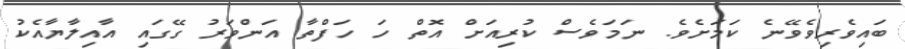
ބައިވެރިވެވޭނެ ކަމަށެވެ. ނަމަވެސް ކުރިއަށް އޮތް ހަ ހަފްތާ އަންވަރު ގޭގައި އާއިލާޔާއެކު